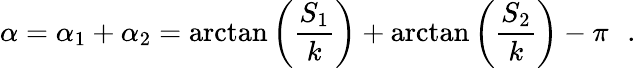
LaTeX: \alpha=\alpha_{1}+\alpha_{2}=\arctan\left(\frac{S_{1}}k\right)+\arctan\left(\frac{S_{2}}k\right)-\pi\, \ \ .